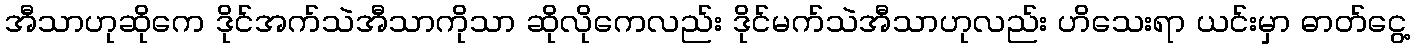
အီသာဟုဆိုကေ ဒိုင်အက်သဲအီသာကိုသာ ဆိုလိုကေလည်း ဒိုင်မက်သဲအီသာဟုလည်း ဟိသေးရာ ယင်းမှာ ဓာတ်ငွေ့